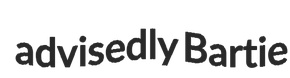
advisedly Bartie